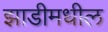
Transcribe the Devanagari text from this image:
झाडीमधील